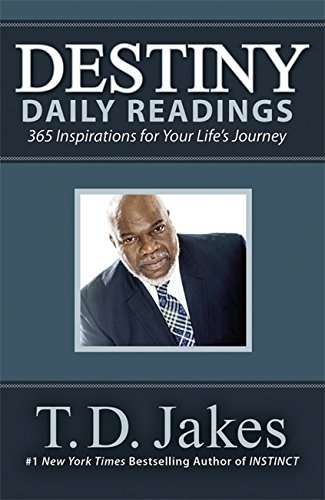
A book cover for Destiny Daily Readings: Inspirations for Your Life's Journey; T. D. Jakes; Christian Books & Bibles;